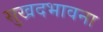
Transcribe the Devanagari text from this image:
सुखदभावना